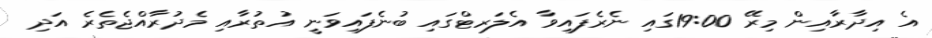
އެ އިދާރާއިން މިރޭ 19:00ގައި ނެރެފައިވާ އެލަރޓްގައި ބުނެފައިވަނީ އުތުރާއި މެދުރާއްޖެތެރެ އަދި